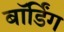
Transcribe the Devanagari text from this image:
बाॅर्डिंग